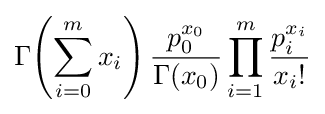
\Gamma \!\left(\sum _{i=0}^{m}{x_{i}}\right){\frac {p_{0}^{x_{0}}}{\Gamma (x_{0})}}\prod _{i=1}^{m}{\frac {p_{i}^{x_{i}}}{x_{i}!}}